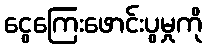
ငွေကြေးဖောင်းပွမှုကို